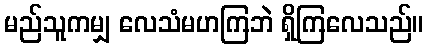
မည်သူကမျှ လေသံမဟကြဘဲ ရှိကြလေသည်။